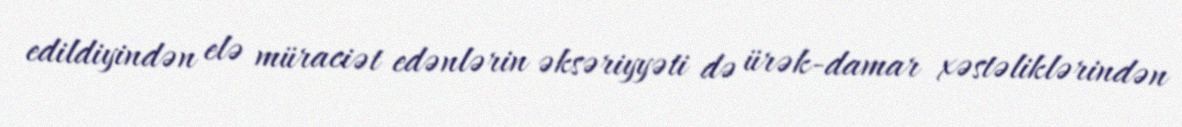
edildiyindən elə müraciət edənlərin əksəriyyəti də ürək-damar xəstəliklərindən